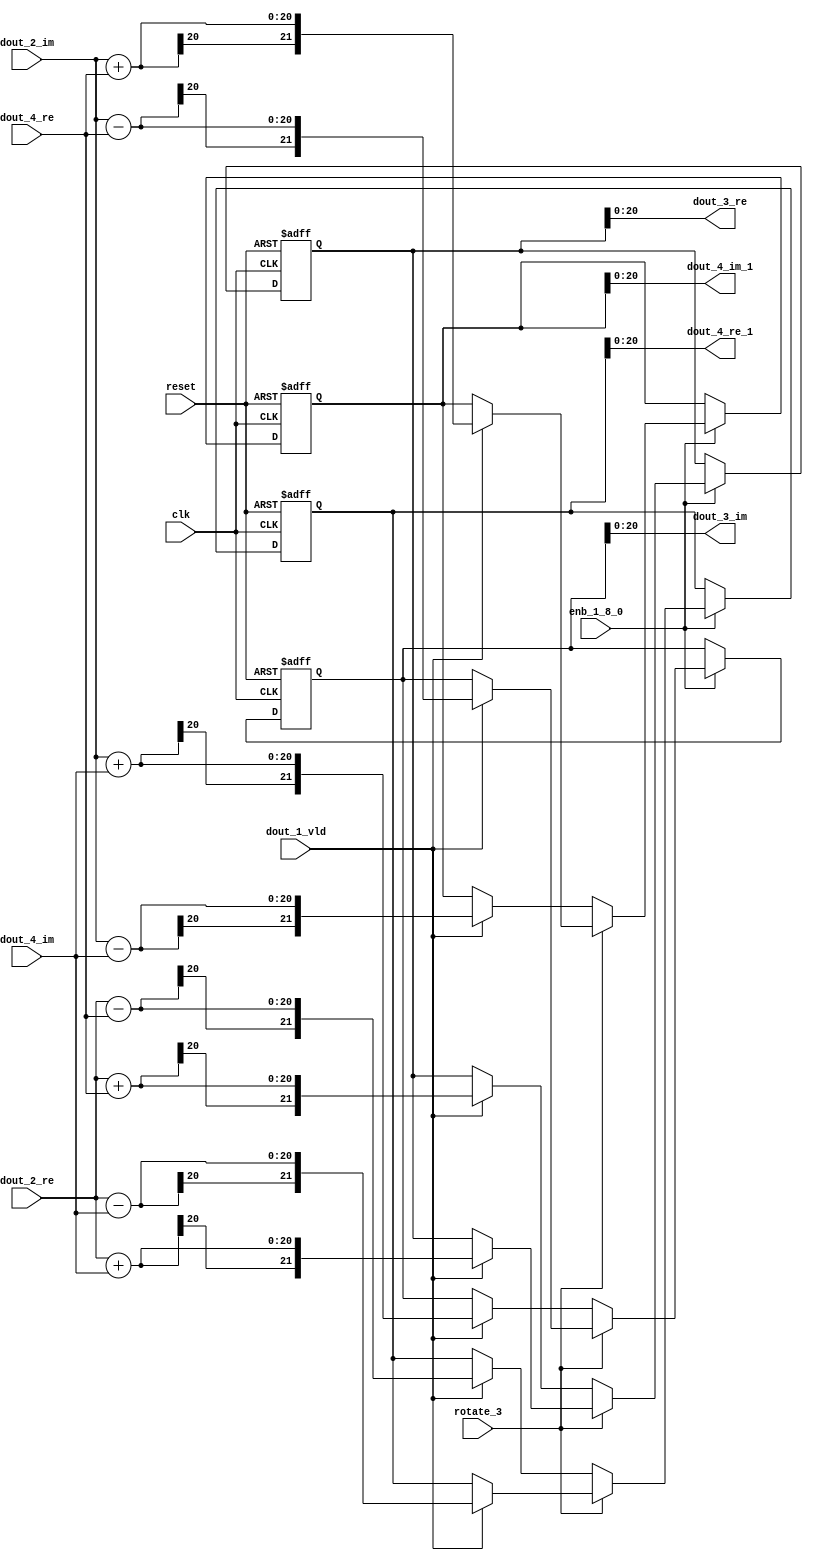
// -------------------------------------------------------------
// 
// 
// Generated by MATLAB 9.13 and HDL Coder 4.0
// 
// -------------------------------------------------------------


// -------------------------------------------------------------
// 
// Module: RADIX22FFT_SDNF2_4_block
// Source Path: joe_fft/FFT/RADIX22FFT_SDNF2_4
// Hierarchy Level: 2
// 
// -------------------------------------------------------------

`timescale 1 ns / 1 ns

module RADIX22FFT_SDNF2_4_block
          (clk,
           reset,
           enb_1_8_0,
           rotate_3,
           dout_2_re,
           dout_2_im,
           dout_4_re,
           dout_4_im,
           dout_1_vld,
           dout_3_re,
           dout_3_im,
           dout_4_re_1,
           dout_4_im_1);


  input   clk;
  input   reset;
  input   enb_1_8_0;
  input   rotate_3;  // ufix1
  input   signed [19:0] dout_2_re;  // sfix20
  input   signed [19:0] dout_2_im;  // sfix20
  input   signed [19:0] dout_4_re;  // sfix20
  input   signed [19:0] dout_4_im;  // sfix20
  input   dout_1_vld;
  output  signed [20:0] dout_3_re;  // sfix21
  output  signed [20:0] dout_3_im;  // sfix21
  output  signed [20:0] dout_4_re_1;  // sfix21
  output  signed [20:0] dout_4_im_1;  // sfix21


  wire signed [20:0] din1_re;  // sfix21
  wire signed [20:0] din1_im;  // sfix21
  wire signed [20:0] din2_re;  // sfix21
  wire signed [20:0] din2_im;  // sfix21
  reg  Radix22ButterflyG2_NF_din_vld_dly;
  reg signed [21:0] Radix22ButterflyG2_NF_btf1_re_reg;  // sfix22
  reg signed [21:0] Radix22ButterflyG2_NF_btf1_im_reg;  // sfix22
  reg signed [21:0] Radix22ButterflyG2_NF_btf2_re_reg;  // sfix22
  reg signed [21:0] Radix22ButterflyG2_NF_btf2_im_reg;  // sfix22
  reg  Radix22ButterflyG2_NF_din_vld_dly_next;
  reg signed [21:0] Radix22ButterflyG2_NF_btf1_re_reg_next;  // sfix22
  reg signed [21:0] Radix22ButterflyG2_NF_btf1_im_reg_next;  // sfix22
  reg signed [21:0] Radix22ButterflyG2_NF_btf2_re_reg_next;  // sfix22
  reg signed [21:0] Radix22ButterflyG2_NF_btf2_im_reg_next;  // sfix22
  reg signed [20:0] dout_3_re_1;  // sfix21
  reg signed [20:0] dout_3_im_1;  // sfix21
  reg signed [20:0] dout_4_re_2;  // sfix21
  reg signed [20:0] dout_4_im_2;  // sfix21
  reg  dout_4_vld;
  reg signed [21:0] Radix22ButterflyG2_NF_t_0_0;  // sfix22
  reg signed [21:0] Radix22ButterflyG2_NF_t_1;  // sfix22
  reg signed [21:0] Radix22ButterflyG2_NF_t_2_0;  // sfix22
  reg signed [21:0] Radix22ButterflyG2_NF_t_3;  // sfix22
  reg signed [21:0] Radix22ButterflyG2_NF_t_4_0;  // sfix22
  reg signed [21:0] Radix22ButterflyG2_NF_t_5;  // sfix22
  reg signed [21:0] Radix22ButterflyG2_NF_t_6_0;  // sfix22
  reg signed [21:0] Radix22ButterflyG2_NF_t_7;  // sfix22
  reg signed [21:0] Radix22ButterflyG2_NF_t_8_0;  // sfix22
  reg signed [21:0] Radix22ButterflyG2_NF_t_9;  // sfix22
  reg signed [21:0] Radix22ButterflyG2_NF_t_10;  // sfix22
  reg signed [21:0] Radix22ButterflyG2_NF_t_11;  // sfix22
  reg signed [21:0] Radix22ButterflyG2_NF_t_12;  // sfix22
  reg signed [21:0] Radix22ButterflyG2_NF_t_13;  // sfix22
  reg signed [21:0] Radix22ButterflyG2_NF_t_14;  // sfix22
  reg signed [21:0] Radix22ButterflyG2_NF_t_15;  // sfix22


  assign din1_re = {dout_2_re[19], dout_2_re};



  assign din1_im = {dout_2_im[19], dout_2_im};



  assign din2_re = {dout_4_re[19], dout_4_re};



  assign din2_im = {dout_4_im[19], dout_4_im};



  // Radix22ButterflyG2_NF
  always @(posedge clk or posedge reset)
    begin : Radix22ButterflyG2_NF_process
      if (reset == 1'b1) begin
        Radix22ButterflyG2_NF_din_vld_dly <= 1'b0;
        Radix22ButterflyG2_NF_btf1_re_reg <= 22'sb0000000000000000000000;
        Radix22ButterflyG2_NF_btf1_im_reg <= 22'sb0000000000000000000000;
        Radix22ButterflyG2_NF_btf2_re_reg <= 22'sb0000000000000000000000;
        Radix22ButterflyG2_NF_btf2_im_reg <= 22'sb0000000000000000000000;
      end
      else begin
        if (enb_1_8_0) begin
          Radix22ButterflyG2_NF_din_vld_dly <= Radix22ButterflyG2_NF_din_vld_dly_next;
          Radix22ButterflyG2_NF_btf1_re_reg <= Radix22ButterflyG2_NF_btf1_re_reg_next;
          Radix22ButterflyG2_NF_btf1_im_reg <= Radix22ButterflyG2_NF_btf1_im_reg_next;
          Radix22ButterflyG2_NF_btf2_re_reg <= Radix22ButterflyG2_NF_btf2_re_reg_next;
          Radix22ButterflyG2_NF_btf2_im_reg <= Radix22ButterflyG2_NF_btf2_im_reg_next;
        end
      end
    end

  always @(Radix22ButterflyG2_NF_btf1_im_reg, Radix22ButterflyG2_NF_btf1_re_reg,
       Radix22ButterflyG2_NF_btf2_im_reg, Radix22ButterflyG2_NF_btf2_re_reg,
       Radix22ButterflyG2_NF_din_vld_dly, din1_im, din1_re, din2_im, din2_re,
       dout_1_vld, rotate_3) begin
    Radix22ButterflyG2_NF_t_0_0 = 22'sb0000000000000000000000;
    Radix22ButterflyG2_NF_t_1 = 22'sb0000000000000000000000;
    Radix22ButterflyG2_NF_t_2_0 = 22'sb0000000000000000000000;
    Radix22ButterflyG2_NF_t_3 = 22'sb0000000000000000000000;
    Radix22ButterflyG2_NF_t_4_0 = 22'sb0000000000000000000000;
    Radix22ButterflyG2_NF_t_5 = 22'sb0000000000000000000000;
    Radix22ButterflyG2_NF_t_6_0 = 22'sb0000000000000000000000;
    Radix22ButterflyG2_NF_t_7 = 22'sb0000000000000000000000;
    Radix22ButterflyG2_NF_t_8_0 = 22'sb0000000000000000000000;
    Radix22ButterflyG2_NF_t_9 = 22'sb0000000000000000000000;
    Radix22ButterflyG2_NF_t_10 = 22'sb0000000000000000000000;
    Radix22ButterflyG2_NF_t_11 = 22'sb0000000000000000000000;
    Radix22ButterflyG2_NF_t_12 = 22'sb0000000000000000000000;
    Radix22ButterflyG2_NF_t_13 = 22'sb0000000000000000000000;
    Radix22ButterflyG2_NF_t_14 = 22'sb0000000000000000000000;
    Radix22ButterflyG2_NF_t_15 = 22'sb0000000000000000000000;
    Radix22ButterflyG2_NF_btf1_re_reg_next = Radix22ButterflyG2_NF_btf1_re_reg;
    Radix22ButterflyG2_NF_btf1_im_reg_next = Radix22ButterflyG2_NF_btf1_im_reg;
    Radix22ButterflyG2_NF_btf2_re_reg_next = Radix22ButterflyG2_NF_btf2_re_reg;
    Radix22ButterflyG2_NF_btf2_im_reg_next = Radix22ButterflyG2_NF_btf2_im_reg;
    Radix22ButterflyG2_NF_din_vld_dly_next = dout_1_vld;
    if (rotate_3 != 1'b0) begin
      if (dout_1_vld) begin
        Radix22ButterflyG2_NF_t_0_0 = {din1_re[20], din1_re};
        Radix22ButterflyG2_NF_t_1 = {din2_im[20], din2_im};
        Radix22ButterflyG2_NF_btf1_re_reg_next = Radix22ButterflyG2_NF_t_0_0 + Radix22ButterflyG2_NF_t_1;
        Radix22ButterflyG2_NF_t_2_0 = {din1_re[20], din1_re};
        Radix22ButterflyG2_NF_t_3 = {din2_im[20], din2_im};
        Radix22ButterflyG2_NF_btf2_re_reg_next = Radix22ButterflyG2_NF_t_2_0 - Radix22ButterflyG2_NF_t_3;
        Radix22ButterflyG2_NF_t_4_0 = {din1_im[20], din1_im};
        Radix22ButterflyG2_NF_t_5 = {din2_re[20], din2_re};
        Radix22ButterflyG2_NF_btf2_im_reg_next = Radix22ButterflyG2_NF_t_4_0 + Radix22ButterflyG2_NF_t_5;
        Radix22ButterflyG2_NF_t_6_0 = {din1_im[20], din1_im};
        Radix22ButterflyG2_NF_t_7 = {din2_re[20], din2_re};
        Radix22ButterflyG2_NF_btf1_im_reg_next = Radix22ButterflyG2_NF_t_6_0 - Radix22ButterflyG2_NF_t_7;
      end
    end
    else if (dout_1_vld) begin
      Radix22ButterflyG2_NF_t_8_0 = {din1_re[20], din1_re};
      Radix22ButterflyG2_NF_t_9 = {din2_re[20], din2_re};
      Radix22ButterflyG2_NF_btf1_re_reg_next = Radix22ButterflyG2_NF_t_8_0 + Radix22ButterflyG2_NF_t_9;
      Radix22ButterflyG2_NF_t_10 = {din1_re[20], din1_re};
      Radix22ButterflyG2_NF_t_11 = {din2_re[20], din2_re};
      Radix22ButterflyG2_NF_btf2_re_reg_next = Radix22ButterflyG2_NF_t_10 - Radix22ButterflyG2_NF_t_11;
      Radix22ButterflyG2_NF_t_12 = {din1_im[20], din1_im};
      Radix22ButterflyG2_NF_t_13 = {din2_im[20], din2_im};
      Radix22ButterflyG2_NF_btf1_im_reg_next = Radix22ButterflyG2_NF_t_12 + Radix22ButterflyG2_NF_t_13;
      Radix22ButterflyG2_NF_t_14 = {din1_im[20], din1_im};
      Radix22ButterflyG2_NF_t_15 = {din2_im[20], din2_im};
      Radix22ButterflyG2_NF_btf2_im_reg_next = Radix22ButterflyG2_NF_t_14 - Radix22ButterflyG2_NF_t_15;
    end
    dout_3_re_1 = Radix22ButterflyG2_NF_btf1_re_reg[20:0];
    dout_3_im_1 = Radix22ButterflyG2_NF_btf1_im_reg[20:0];
    dout_4_re_2 = Radix22ButterflyG2_NF_btf2_re_reg[20:0];
    dout_4_im_2 = Radix22ButterflyG2_NF_btf2_im_reg[20:0];
    dout_4_vld = Radix22ButterflyG2_NF_din_vld_dly;
  end



  assign dout_3_re = dout_3_re_1;

  assign dout_3_im = dout_3_im_1;

  assign dout_4_re_1 = dout_4_re_2;

  assign dout_4_im_1 = dout_4_im_2;

endmodule  // RADIX22FFT_SDNF2_4_block